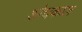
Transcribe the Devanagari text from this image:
शोधकाल